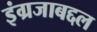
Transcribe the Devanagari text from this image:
इंग्रजाबद्दल